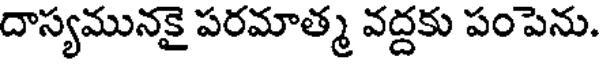
దాస్యమునకై పరమాత్మ వద్దకు పంపెను.